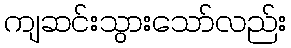
ကျဆင်းသွားသော်လည်း